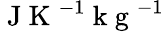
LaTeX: \mathrm{~J~K~}^{-1}\mathrm{~k~g~}^{-1}